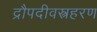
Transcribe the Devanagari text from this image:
द्रौपदीवस्त्रहरण